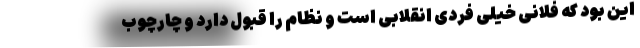
این بود که فلانی خیلی فردی انقلابی است و نظام را قبول دارد و چارچوب